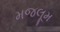
મજલૂમ